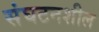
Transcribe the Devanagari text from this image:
संघटनशील